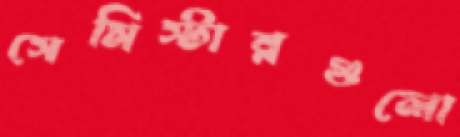
সেমিস্টারগুলো